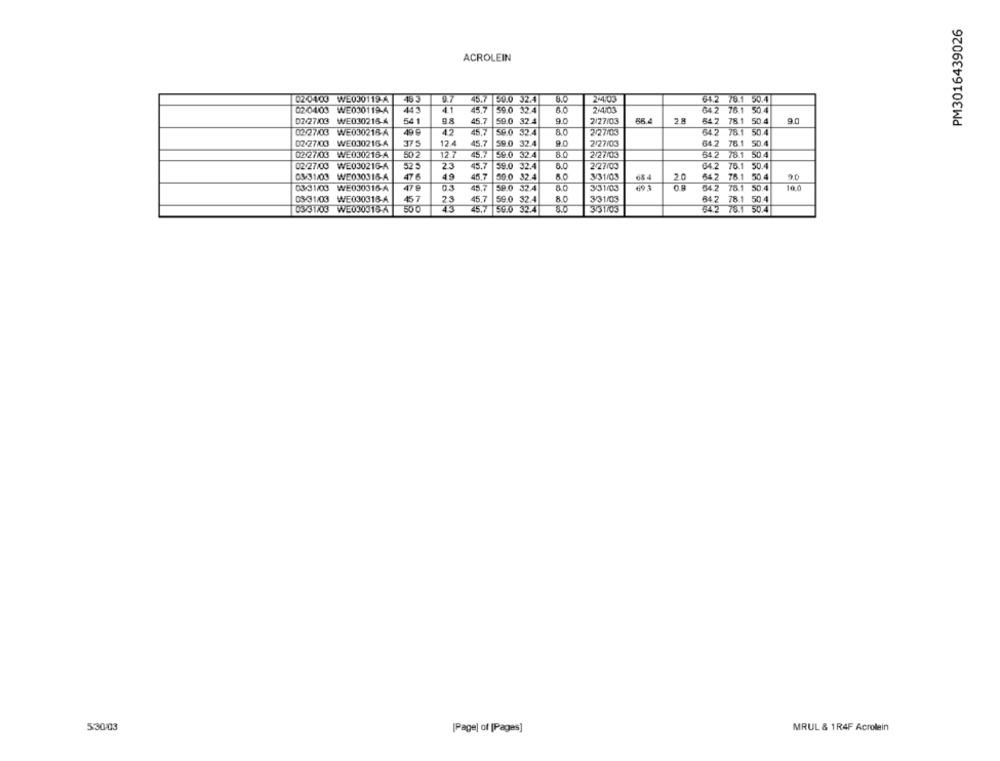
PM3016439026
ACROLEIN
020103 WE030119-A
48 3
45.7 50.0 32.4
24.03
64.2 78.1 50.4
02-04.03 WE030119-A
41
45.7
59.0 32.4
80
2.4.05
04.2 76.1 50.4
D2/27/03 WE030215-A
541
98
45.7
59.0 32.4
9.0
2/27/03
28
64.2 78.1 50.4
02/27/03 WE030218-A
42
45.7
56.0 32.4
80
3/27/03
642 78.1 50.4
02/27/03 WE030216-A
375
12.4
45.7
59.0 32.4
9.0
2/27/03
64.2 76.1 50.4
502
45.7
80
2 27103
54.2 78.1 50.4
02/2703 WE030216-A
12.7
59.0 32.4
02/27/03 WE030216-A
52 5
23
45.7
59.0 32.4
2/27/03
64.2
76.1 50.4
03/31/03 WE030316-A
47 6
49
45.7
50.0 32.4
3/31/03
20
64.2 78.1 50.4
9.0
03/31/03 WE030316-A
47 9
45.7
59.0 32.4
80
3/31/03
64.2 78.1 50.4
10.0
03-31/03 WE030318-A
457
23
45,7
59.0 32.4
8.0
3/31/03
642 78.1 50.4
03731/03 WE030316-7
500
23
25.7
59.0 32.4
8.0
3/31/03
64.2 78.1 50.4
5:30/03
[Page) of [Pages]
MRUL & 1R4F Acrolein